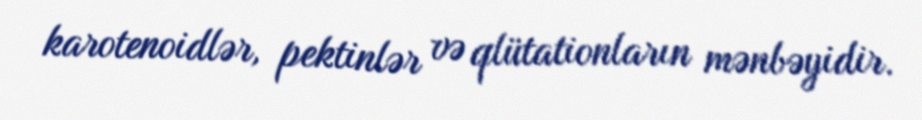
karotenoidlər, pektinlər və qlütationların mənbəyidir.